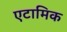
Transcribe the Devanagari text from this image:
एटामिक